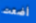
أضعت